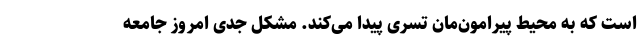
است که به محیط پیرامون‌مان تسری پیدا می‌کند. مشکل جدی امروز جامعه